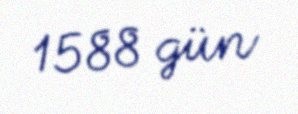
1588 gün